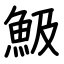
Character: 魥